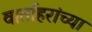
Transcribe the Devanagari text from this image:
वार्ताहरांच्या